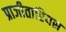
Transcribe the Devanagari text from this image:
प्राजीतारियस